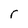
Character: r